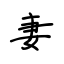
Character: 妻